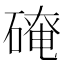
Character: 𪿬